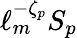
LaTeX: \ell_{m}^{-\zeta_{p}}S_{p}